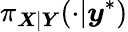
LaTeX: \pi_{\boldsymbol{X}|\boldsymbol{Y}}(\cdot|\boldsymbol{y}^{*})